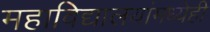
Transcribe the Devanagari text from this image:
महाविद्यालयांमध्येही